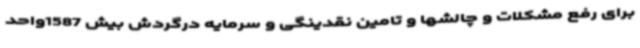
برای رفع مشکلات و چالشها و تامین نقدینگی و سرمایه درگردش بیش 1587واحد